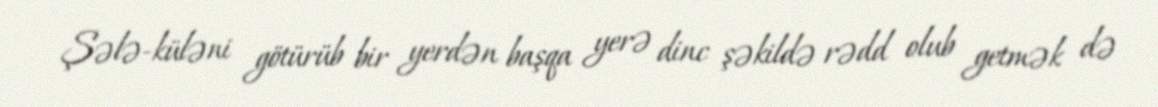
Şələ-küləni götürüb bir yerdən başqa yerə dinc şəkildə rədd olub getmək də